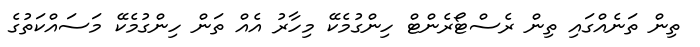
ތިން ތަނެއްގައި ތިން ރެސްޓޯރެންޓް ހިންގުމެކޭ މިހާރު އެއް ތަން ހިންގުމެކޭ މަސައްކަތުގެ